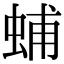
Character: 蜅